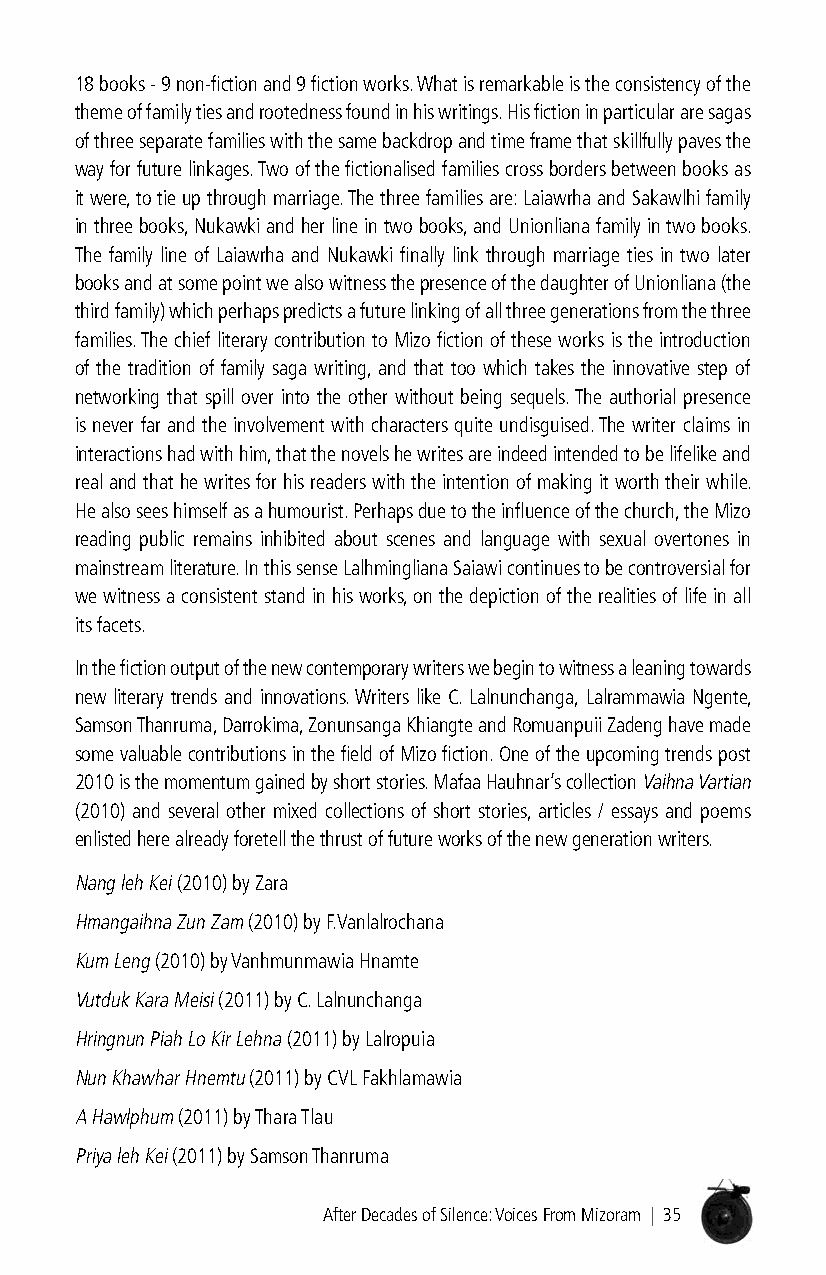
18 books - 9 non-fiction and 9 fiction works. What is remarkable is the consistency of the
 theme of family ties and rootedness found in his writings. His fiction in particular are sagas
 of three separate families with the same backdrop and time frame that skillfully paves the
 way for future linkages. Two of the fictionalised families cross borders between books as
 it were, to tie up through marriage. The three families are: Laiawrha and Sakawlhi family
 in three books, Nukawki and her line in two books, and Unionliana family in two books.
 The family line of Laiawrha and Nukawki finally link through marriage ties in two later
 books and at some point we also witness the presence of the daughter of Unionliana (the
 third family) which perhaps predicts a future linking of all three generations from the three
 families. The chief literary contribution to Mizo fiction of these works is the introduction
 of the tradition of family saga writing, and that too which takes the innovative step of
 networking that spill over into the other without being sequels. The authorial presence
 is never far and the involvement with characters quite undisguised. The writer claims in
 interactions had with him, that the novels he writes are indeed intended to be lifelike and
 real and that he writes for his readers with the intention of making it worth their while.
 He also sees himself as a humourist. Perhaps due to the influence of the church, the Mizo
 reading public remains inhibited about scenes and language with sexual overtones in
 mainstream literature. In this sense Lalhmingliana Saiawi continues to be controversial for
 we witness a consistent stand in his works, on the depiction of the realities of life in all
 its facets.
 In the fiction output of the new contemporary writers we begin to witness a leaning towards
 new literary trends and innovations. Writers like C. Lalnunchanga, Lalrammawia Ngente,
 Samson Thanruma, Darrokima, Zonunsanga Khiangte and Romuanpuii Zadeng have made
 some valuable contributions in the field of Mizo fiction. One of the upcoming trends post
 2010 is the momentum gained by short stories. Mafaa Hauhnar’s collection Vaihna Vartian
 (2010) and several other mixed collections of short stories, articles / essays and poems
 enlisted here already foretell the thrust of future works of the new generation writers.
 Nang leh Kei (2010) by Zara
 Hmangaihna Zun Zam (2010) by F.Vanlalrochana
 Kum Leng (2010) by Vanhmunmawia Hnamte
 Vutduk Kara Meisi (2011) by C. Lalnunchanga
 Hringnun Piah Lo Kir Lehna (2011) by Lalropuia
 Nun Khawhar Hnemtu (2011) by CVL Fakhlamawia
 A Hawlphum (2011) by Thara Tlau
 Priya leh Kei (2011) by Samson Thanruma
 After Decades of Silence: Voices From Mizoram | 35